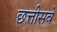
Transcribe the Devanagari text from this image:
छत्तीसवे